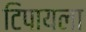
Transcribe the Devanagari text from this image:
टिपायला